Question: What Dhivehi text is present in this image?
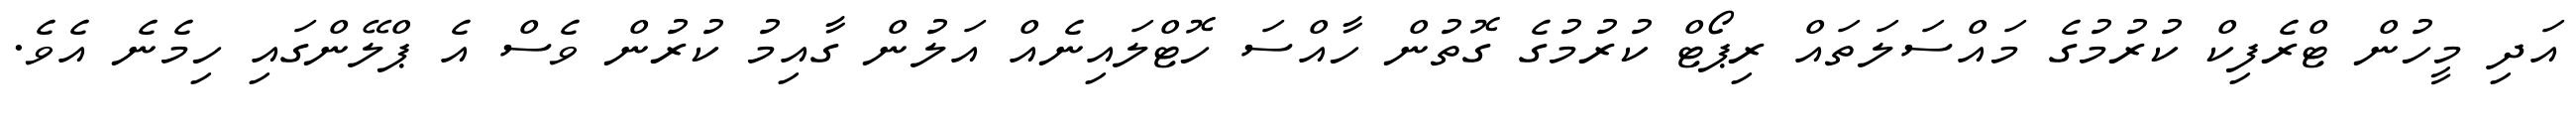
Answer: އަދި މީހުން ޓްރެފިކް ކުރުމުގެ މައްސަލަތައް ރިޕޯޓް ކުރުމުގެ ގޮތުން ހާއްސަ ހޮޓްލައިނެއް އަލުން ގާއިމު ކުރުން ވެސް އެ ޕްލޭންގައި ހިމެނެ އެވެ.